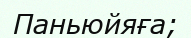
Паньюйяға;